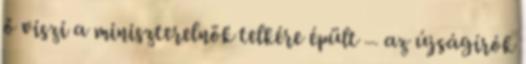
ő viszi a miniszterelnök telkére épült – az újságírók